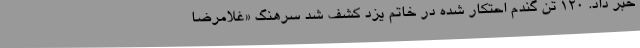
خبر داد. 120 تن گندم احتکار شده در خاتم یزد کشف شد سرهنگ «غلامرضا